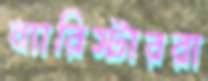
ব্যারিস্টাররা